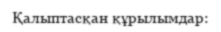
Қалыптасқан құрылымдар: